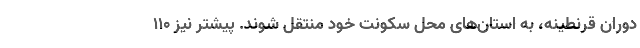
دوران قرنطینه، به استان‌های محل سکونت خود منتقل شوند. پیشتر نیز ۱۱۰